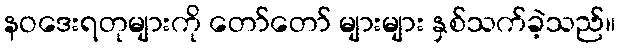
နဝဒေးရတုများကို တော်တော် များများ နှစ်သက်ခဲ့သည်။